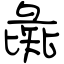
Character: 彘